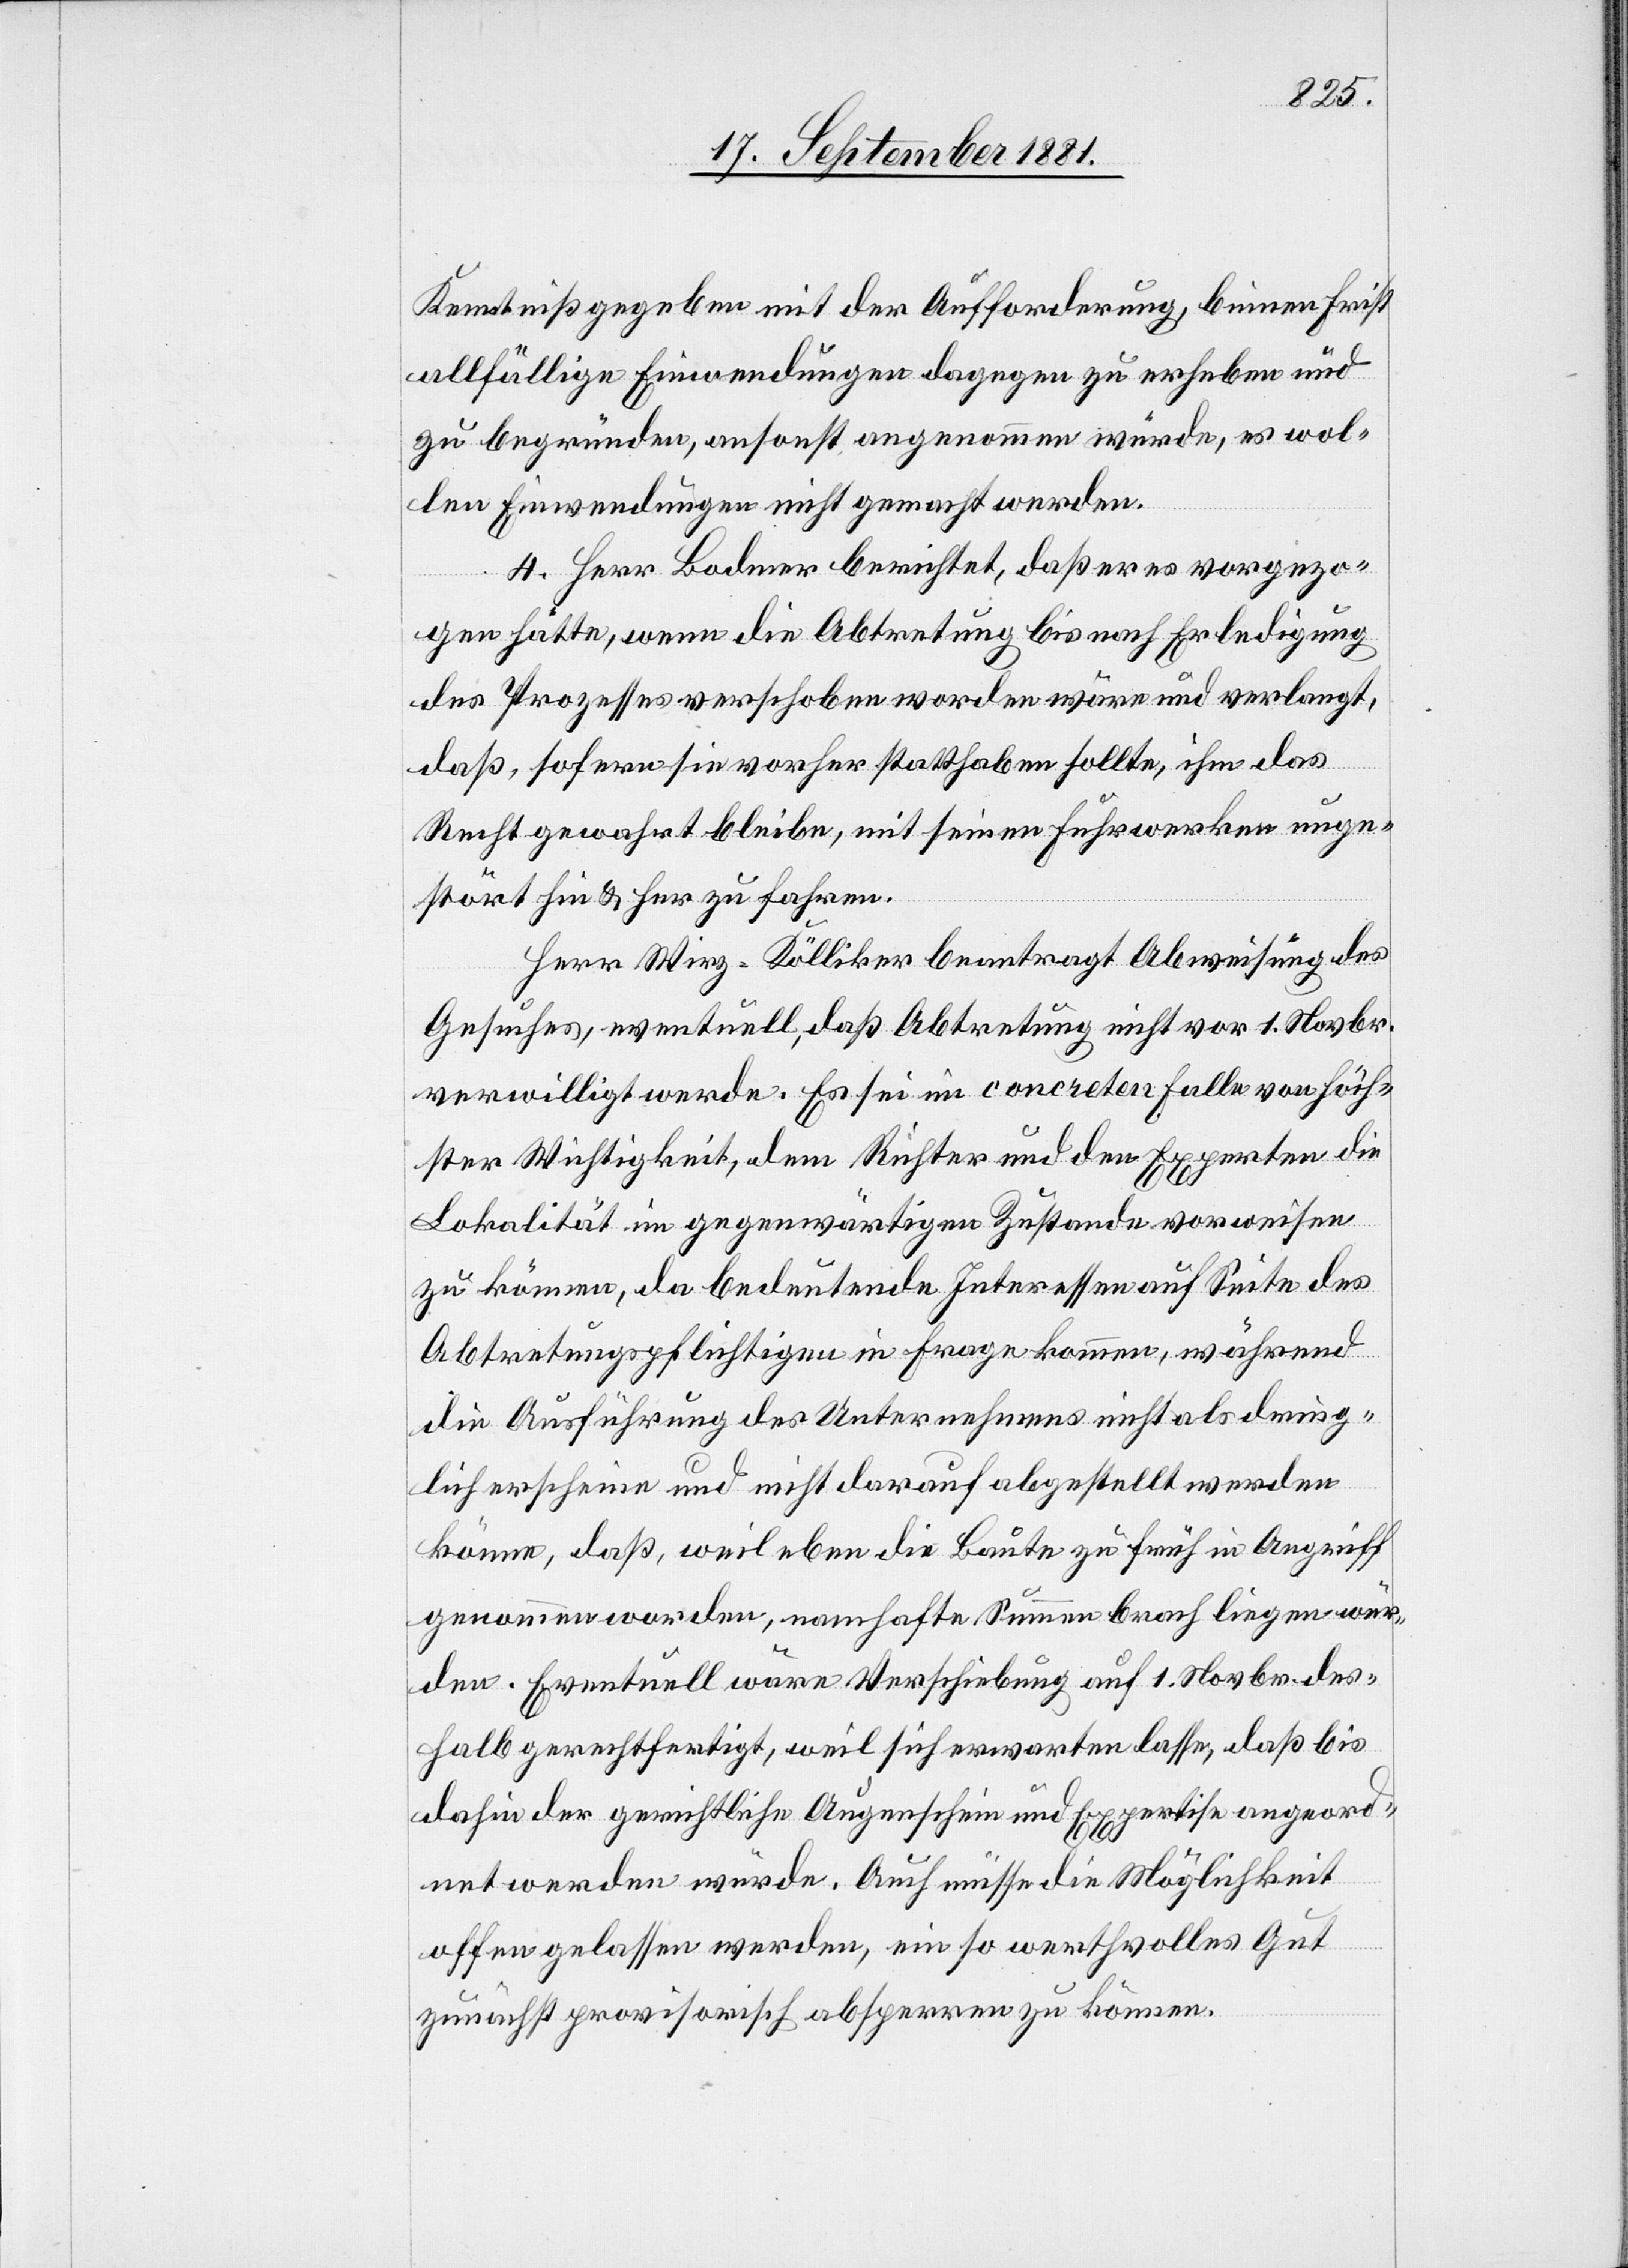
Kenntniß gegeben mit der Aufforderung, binnen Frist
allfällige Einwendungen dagegen zu erheben und
zu begründen, ansonst angenommen würde, es wol¬
len Einwendungen nicht gemacht werden.
4. Herr Bodmer berichtet, daß er es vorgezo¬
gen hätte, wenn die Abtretung bis nach Erledigung
des Prozesses verschoben worden wäre und verlangt,
daß, sofern sie vorher statthaben sollte, ihm das
Recht gewahrt bleibe, mit seinen Fuhrwerken unge¬
stört hin & her zu fahren.
Herr Wirz-Kölliker beantragt Abweisung des
Gesuches, eventuell, daß Abtretung nicht vor 1. Novbr.
verwilligt [sic!] werde. Es sei im concreten Falle von höch¬
ster Wichtigkeit, dem Richter und den Experten die
Lokalität im gegenwärtigen Zustande vorweisen
zu können, da bedeutende Interessen auf Seite des
Abtretungspflichtigen in Frage kommen, während
die Ausführung des Unternehmens nicht als dring¬
lich erscheine und nicht darauf abgestellt werden
könne, daß, weil eben die Baute zu früh in Angriff
genommen worden, namhafte Summen brach liegen wür¬
den. Eventuell wäre Verschiebung auf 1. Novbr. des¬
halb gerechtfertigt, weil sich erwarten lasse, daß bis
dahin der gerichtliche Augenschein und Expertise angeord¬
net werden würde. Auch müsse die Möglichkeit
offen gelassen werden, ein so werthvolles Gut
zunächst provisorisch absperren zu können.